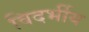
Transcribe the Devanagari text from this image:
विदर्भीय